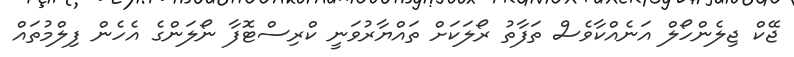
ޖޭކް ޖިލެންހޯލް އަނެއްކާވެސް ތަފާތު ރޯލަކަށް ތައްޔާރުވަނީ ކްރިސްޓޮފާ ނޯލަންގެ އެހެން ފިލްމުތައް